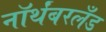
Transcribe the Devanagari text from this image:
नॉर्थंबरलँड